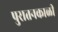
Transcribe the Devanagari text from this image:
पुरातनकाळी